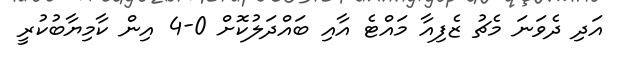
އަދި ދެވަނަ މެޗު ޒެފިއާ މައްޓެ އާއި ބައްދަލުކޮށް 0-4 އިން ކާމިޔާބުކުރީ